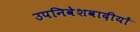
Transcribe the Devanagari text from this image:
उपनिवेशवादीयों